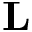
\mathbf { L }